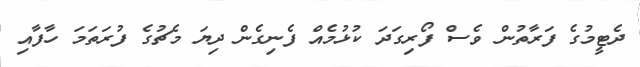
ދެޓީމުގެ ފަރާތުން ވެސް ފޯރިގަދަ ކުޅުމެއް ފެނިގެން ދިޔަ މެޗުގެ ފުރަތަމަ ހާފާއި